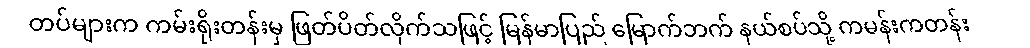
တပ်များက ကမ်းရိုးတန်းမှ ဖြတ်ပိတ်လိုက်သဖြင့် မြန်မာပြည် မြောက်ဘက် နယ်စပ်သို့ ကမန်းကတန်း